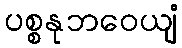
ပစ္စနုဘဝေယျံ